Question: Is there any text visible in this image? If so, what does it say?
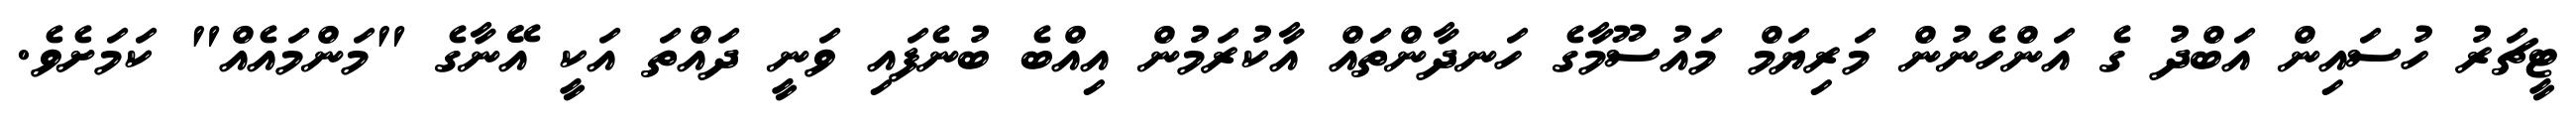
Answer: ޓީޗަރު ހުސައިން އަބްދު ގެ އަންހެނުން މަރިޔަމް މައުސޫމާގެ ހަނދާންތައް އާކުރަމުން އިއްބެ ބުނެފައި ވަނީ ދައްތަ އަކީ އޭނާގެ "މަންމައެއް" ކަމަށެވެ.